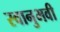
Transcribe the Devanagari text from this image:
स्वानुभवी